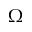
\Omega